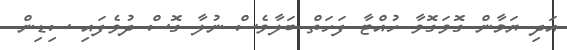
އަދި ޔަމާން ގޮވަގޮވާ ހުއްޓާ ފަހަތް ބަލާވެސް ނުލާ ގޮސް ދުވެފައި ސިޑިން